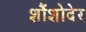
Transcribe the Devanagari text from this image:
शौंशोदेर